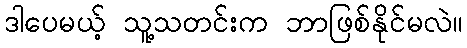
ဒါပေမယ့် သူ့သတင်းက ဘာဖြစ်နိုင်မလဲ။